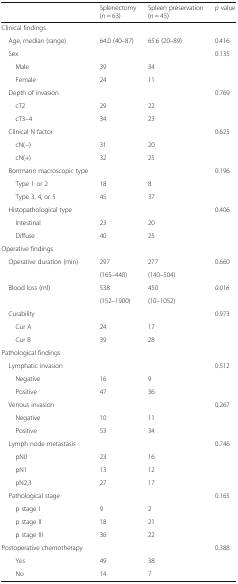
<table><thead><tr><td></td><td><b>Splenectomy(<i>n</i> = 63)</b></td><td><b>Spleen preservation(<i>n</i> = 45)</b></td><td><b><i>p</i> value</b></td></tr></thead><tbody><tr><td colspan="4">Clinical findings</td></tr><tr><td> Age, median (range)</td><td>64.0 (40–87)</td><td>65.6 (20–89)</td><td>0.416</td></tr><tr><td> Sex</td><td></td><td></td><td>0.135</td></tr><tr><td>Male</td><td>39</td><td>34</td><td></td></tr><tr><td>Female</td><td>24</td><td>11</td><td></td></tr><tr><td> Depth of invasion</td><td></td><td></td><td>0.769</td></tr><tr><td>cT2</td><td>29</td><td>22</td><td></td></tr><tr><td>cT3–4</td><td>34</td><td>23</td><td></td></tr><tr><td> Clinical N factor</td><td></td><td></td><td>0.625</td></tr><tr><td>cN(−)</td><td>31</td><td>20</td><td></td></tr><tr><td>cN(+)</td><td>32</td><td>25</td><td></td></tr><tr><td> Borrmann macroscopic type</td><td></td><td></td><td>0.196</td></tr><tr><td>Type 1 or 2</td><td>18</td><td>8</td><td></td></tr><tr><td>Type 3, 4, or 5</td><td>45</td><td>37</td><td></td></tr><tr><td> Histopathological type</td><td></td><td></td><td>0.406</td></tr><tr><td>Intestinal</td><td>23</td><td>20</td><td></td></tr><tr><td>Diffuse</td><td>40</td><td>25</td><td></td></tr><tr><td colspan="4">Operative findings</td></tr><tr><td> Operative duration (min)</td><td>297</td><td>277</td><td>0.660</td></tr><tr><td></td><td>(165–440)</td><td>(140–504)</td><td></td></tr><tr><td> Blood loss (ml)</td><td>538</td><td>450</td><td><i>0.016</i></td></tr><tr><td></td><td>(152–1900)</td><td>(10–1052)</td><td></td></tr><tr><td> Curability</td><td></td><td></td><td>0.973</td></tr><tr><td>Cur A</td><td>24</td><td>17</td><td></td></tr><tr><td>Cur B</td><td>39</td><td>28</td><td></td></tr><tr><td colspan="4">Pathological findings</td></tr><tr><td> Lymphatic invasion</td><td></td><td></td><td>0.512</td></tr><tr><td>Negative</td><td>16</td><td>9</td><td></td></tr><tr><td>Positive</td><td>47</td><td>36</td><td></td></tr><tr><td> Venous invasion</td><td></td><td></td><td>0.267</td></tr><tr><td>Negative</td><td>10</td><td>11</td><td></td></tr><tr><td>Positive</td><td>53</td><td>34</td><td></td></tr><tr><td> Lymph node metastasis</td><td></td><td></td><td>0.746</td></tr><tr><td>pN0</td><td>23</td><td>16</td><td></td></tr><tr><td>pN1</td><td>13</td><td>12</td><td></td></tr><tr><td>pN2,3</td><td>27</td><td>17</td><td></td></tr><tr><td> Pathological stage</td><td></td><td></td><td>0.165</td></tr><tr><td>p stage I</td><td>9</td><td>2</td><td></td></tr><tr><td>p stage II</td><td>18</td><td>21</td><td></td></tr><tr><td>p stage III</td><td>36</td><td>22</td><td></td></tr><tr><td>Postoperative chemotherapy</td><td></td><td></td><td>0.388</td></tr><tr><td>Yes</td><td>49</td><td>38</td><td></td></tr><tr><td>No</td><td>14</td><td>7</td><td></td></tr></tbody></table>